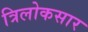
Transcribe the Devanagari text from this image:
त्रिलोकसार